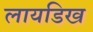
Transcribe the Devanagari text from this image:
लायडिख